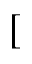
[